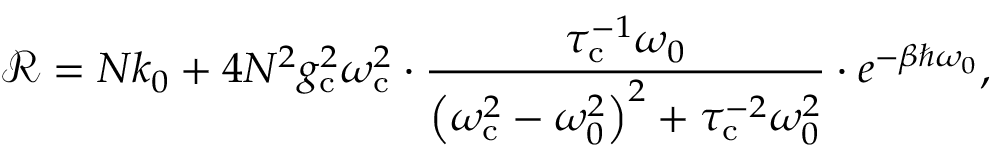
\mathcal { R } = N k _ { 0 } + { 4 N ^ { 2 } g _ { \mathrm { c } } ^ { 2 } \omega _ { \mathrm { c } } ^ { 2 } } \cdot \frac { \tau _ { \mathrm { c } } ^ { - 1 } \omega _ { 0 } } { \left( \omega _ { \mathrm { c } } ^ { 2 } - \omega _ { 0 } ^ { 2 } \right) ^ { 2 } + \tau _ { \mathrm { c } } ^ { - 2 } \omega _ { 0 } ^ { 2 } } \cdot e ^ { - \beta \hbar \omega _ { 0 } } ,